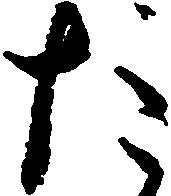
た